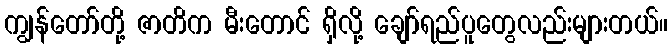
ကျွန်တော်တို့ ဇာတိက မီးတောင် ရှိလို့ ချော်ရည်ပူတွေလည်းများတယ်။